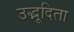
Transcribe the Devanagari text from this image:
उद्भूदिता